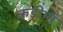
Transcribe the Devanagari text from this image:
कडीमा